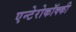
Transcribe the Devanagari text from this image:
एन्टेरोकॉक्की